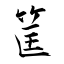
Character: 筐